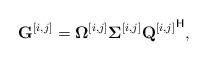
LaTeX: \begin{align*} \mathbf{G}^{[i,j]} =\boldsymbol{\Omega}^{[i,j]}\boldsymbol{\Sigma}^{[i,j]}{\mathbf{Q}^{[i,j]}}^{\mathsf{H}},\displaybreak[0]\end{align*}